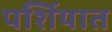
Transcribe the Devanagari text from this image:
पर्शियात